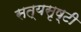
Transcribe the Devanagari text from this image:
सत्यसृष्टी